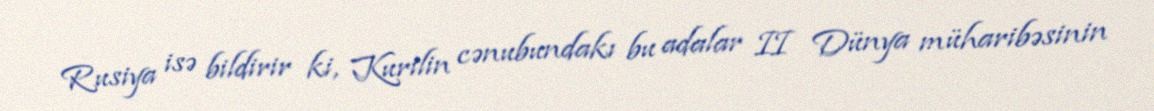
Rusiya isə bildirir ki, Kurilin cənubundakı bu adalar II Dünya müharibəsinin